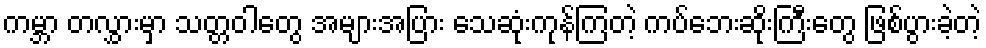
ကမ္ဘာ တလွှားမှာ သတ္တဝါတွေ အများအပြား သေဆုံးကုန်ကြတဲ့ ကပ်ဘေးဆိုးကြီးတွေ ဖြစ်ပွားခဲ့တဲ့